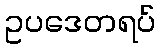
ဥပဒေတရပ်